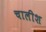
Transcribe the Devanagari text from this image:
चालीश